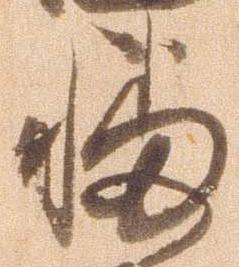
播